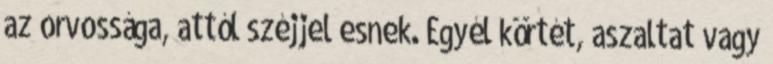
az orvossága, attól széjjel esnek. Egyél körtét, aszaltat vagy